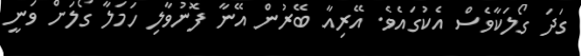
ގަދަ ގޯލަކާވެސް އެކުގައެވެ. އޭރިއާ ބޭރުން އޭނާ ފޮނުވާލި ހަމަލާ ގޯލަށް ވަނީ